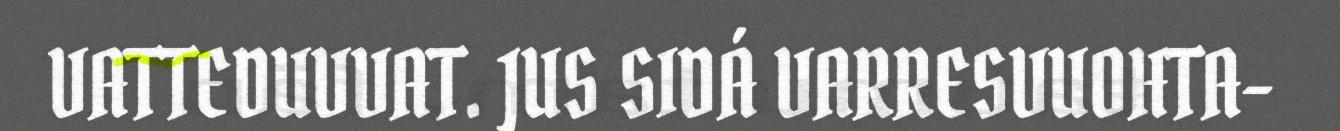
VATTEDUVVAT. JUS SIDÁ VARRESVUOHTA-